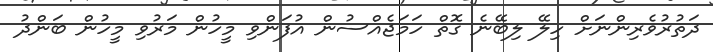
ދަތުރުވެރިންނަށް ހިލޭ ލިބޭނެ ގޮތް ހަމަޖެއްސުން އުފަންވި މީހުން މަރުވި މީހުން ބަންދު